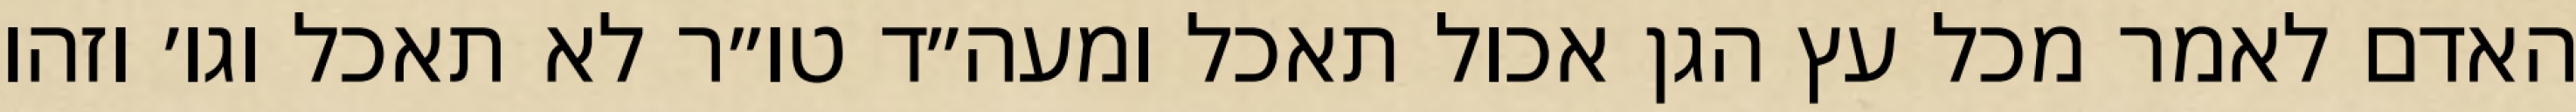
האדם לאמר מכל עץ הגן אכול תאכל ומעה״ד טו״ר לא תאכל וגו׳ וזהו